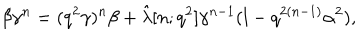
LaTeX: \beta \gamma ^ { n } = ( q ^ { 2 } \gamma ) ^ { n } \beta + \hat { \lambda } [ n ; q ^ { 2 } ] \gamma ^ { n - 1 } ( l - q ^ { 2 ( n - 1 ) } \alpha ^ { 2 } ) ,